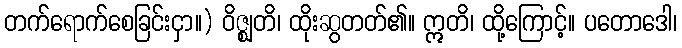
တက်ရောက်စေခြင်းငှာ။) ဝိဇ္ဈတိ၊ ထိုးဆွတတ်၏။ ဣတိ၊ ထို့ကြောင့်။ ပတောဒေါ၊